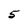
Character: 5